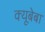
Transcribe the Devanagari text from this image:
क्यूबेबा